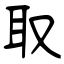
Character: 取